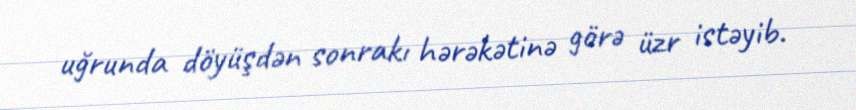
uğrunda döyüşdən sonrakı hərəkətinə görə üzr istəyib.